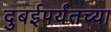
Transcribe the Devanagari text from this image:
दुबईपर्यंतच्या